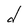
Character: d